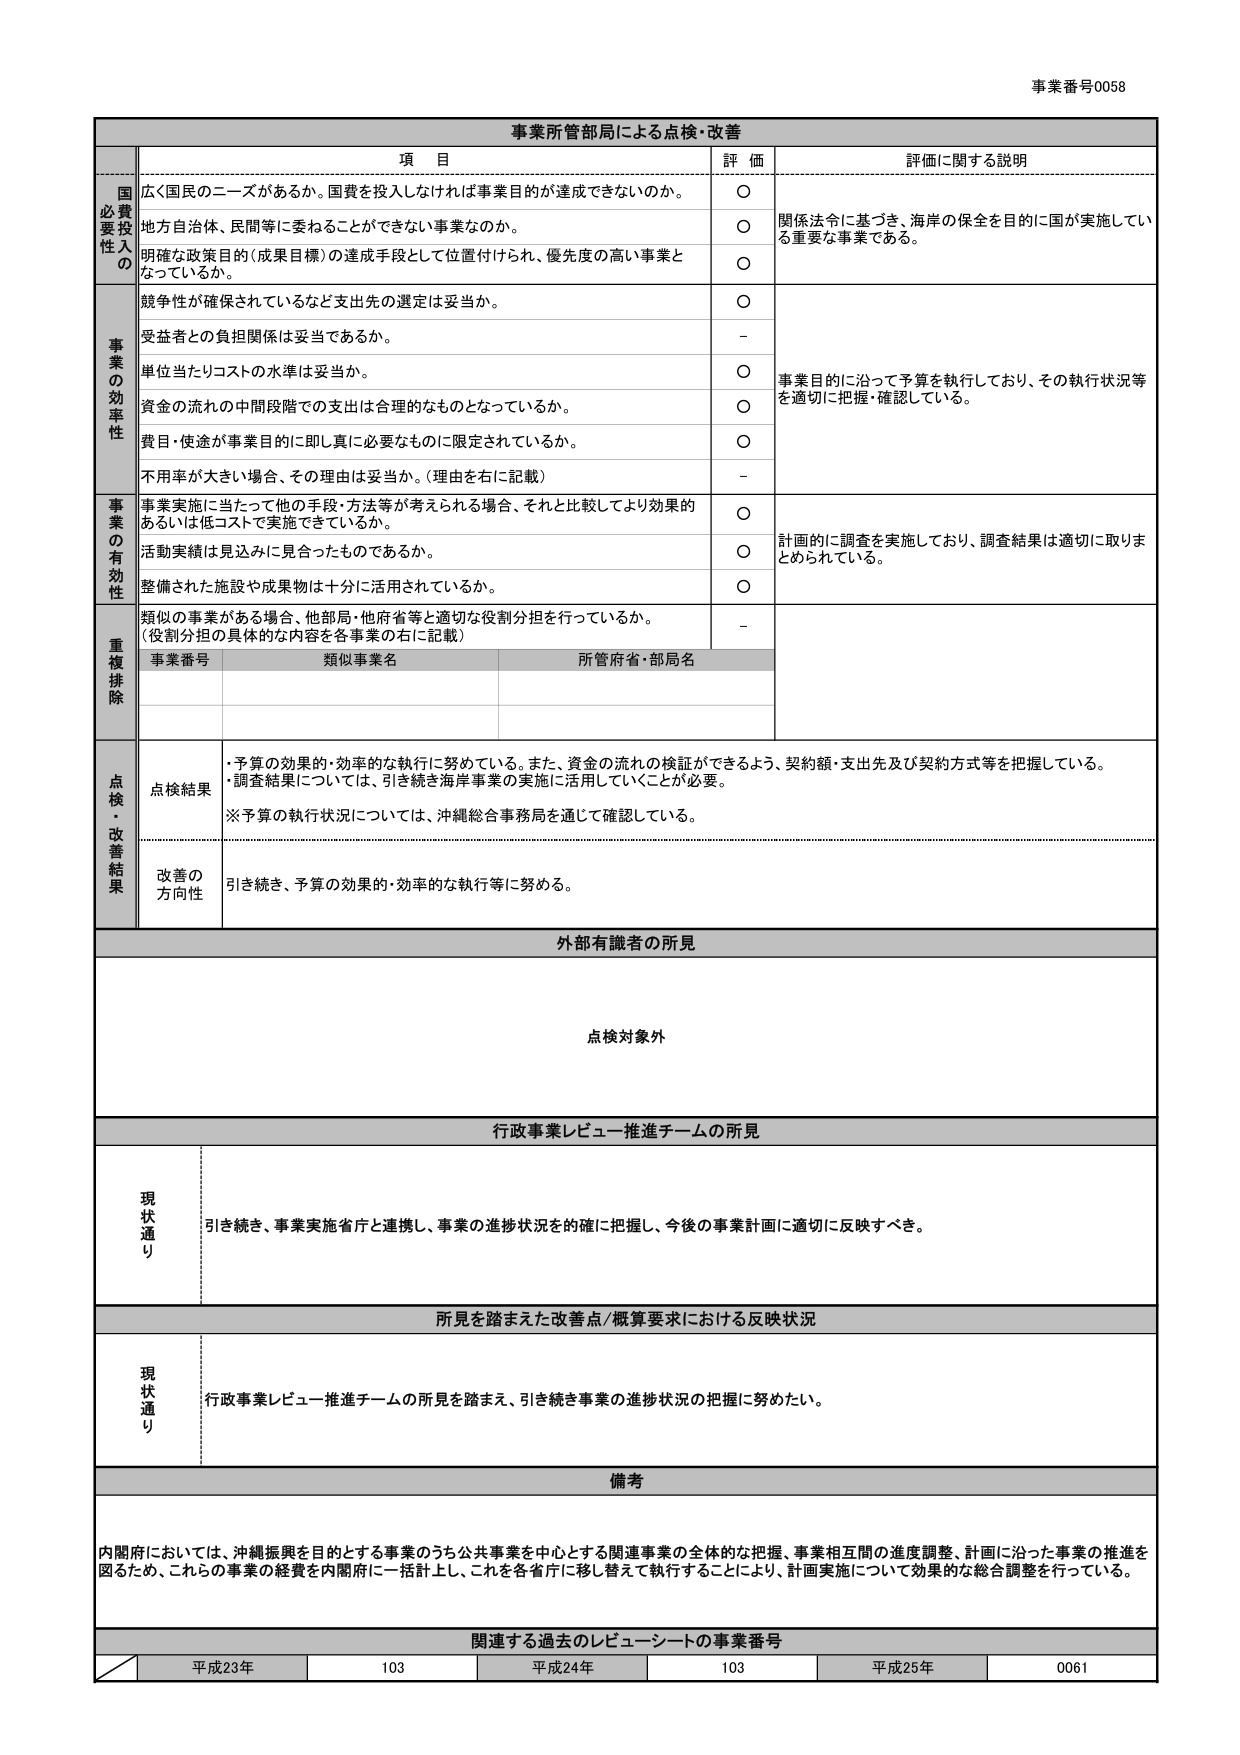
事業番号0058

事業所管部局による点検・改善

項 目 評 価 評価に関する説明

国費投入の必要性
広く国民のニーズがあるか。国費を投入しなければ事業目的が達成できないのか。 ○ 関係法令に基づき、海岸の保全を目的に国が実施している重要な事業である。
地方自治体、民間等に委ねることができない事業なのか。 ○
明確な政策目的（成果目標）の達成手段として位置付けられ、優先度の高い事業となっているか。 ○

事業の効率性
競争性が確保されているなど支出先の選定は妥当か。 ○ 事業目的に沿って予算を執行しており、その執行状況等を適切に把握・確認している。
受益者との負担関係は妥当であるか。 -
単位当たりコストの水準は妥当か。 ○
資金の流れの中間段階での支出は合理的なものとなっているか。 ○
費目・使途が事業目的に即し真に必要なものに限定されているか。 ○
不用率が大きい場合、その理由は妥当か。（理由を右に記載） -

事業の有効性
事業実施に当たって他の手段・方法等が考えられる場合、それと比較してより効果的あるいは低コストで実施できているか。 ○ 計画的に調査を実施しており、調査結果は適切に取りまとめられている。
活動実績は見込みに見合ったものであるか。 ○
整備された施設や成果物は十分に活用されているか。 ○

重複排除
類似の事業がある場合、他部局・他府省等と適切な役割分担を行っているか。（役割分担の具体的な内容を各事業の右に記載） -
事業番号 類似事業名 所管府省・部局名

点検・改善結果
点検結果
・予算の効果的・効率的な執行に努めている。また、資金の流れの検証ができるよう、契約額・支出先及び契約方式等を把握している。
・調査結果については、引き続き海岸事業の実施に活用していくことが必要。
※予算の執行状況については、沖縄総合事務局を通じて確認している。

改善の方向性
引き続き、予算の効果的・効率的な執行等に努める。

外部有識者の所見
点検対象外

行政事業レビュー推進チームの所見
現状通り
引き続き、事業実施省庁と連携し、事業の進捗状況を的確に把握し、今後の事業計画に適切に反映すべき。

所見を踏まえた改善点/概算要求における反映状況
現状通り
行政事業レビュー推進チームの所見を踏まえ、引き続き事業の進捗状況の把握に努めたい。

備考
内閣府においては、沖縄振興を目的とする事業のうち公共事業を中心とする関連事業の全体的な把握、事業相互間の進度調整、計画に沿った事業の推進を図るため、これらの事業の経費を内閣府に一括計上し、これを各省庁に移し替えて執行することにより、計画実施について効果的な総合調整を行っている。

関連する過去のレビューシートの事業番号
平成23年 103 平成24年 103 平成25年 0061